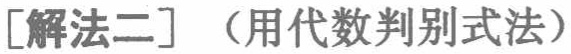
[解法二]（用代数判别式法）